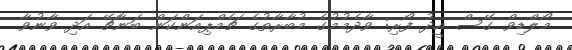
މޯލްޑިވް ގޭސް އީދު ފޯރި: ވާދެމުމުގެ މުބާރާތުގެ ޗެމްޕިއަންކަން ބަނާޗޭ އަދި ވާނުވާ